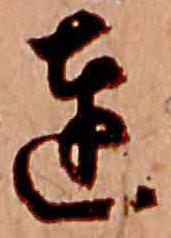
達